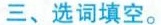
三、选词填空。